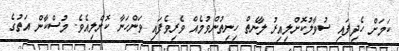
ކަމަށް ހެދިފައި ސުވާލުކޮށްލިއިރު ލާނެތް ހިނިތުންވުމެއް ވެރިވެފައި ވަންހަނާ ކޮށްލިއެވެ. މުސްކާން އަތުގެ